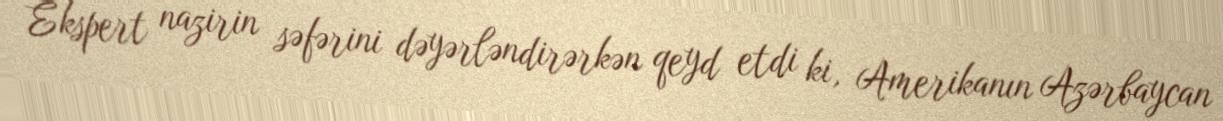
Ekspert nazirin səfərini dəyərləndirərkən qeyd etdi ki, Amerikanın Azərbaycan